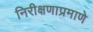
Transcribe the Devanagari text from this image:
निरीक्षणाप्रमाणे